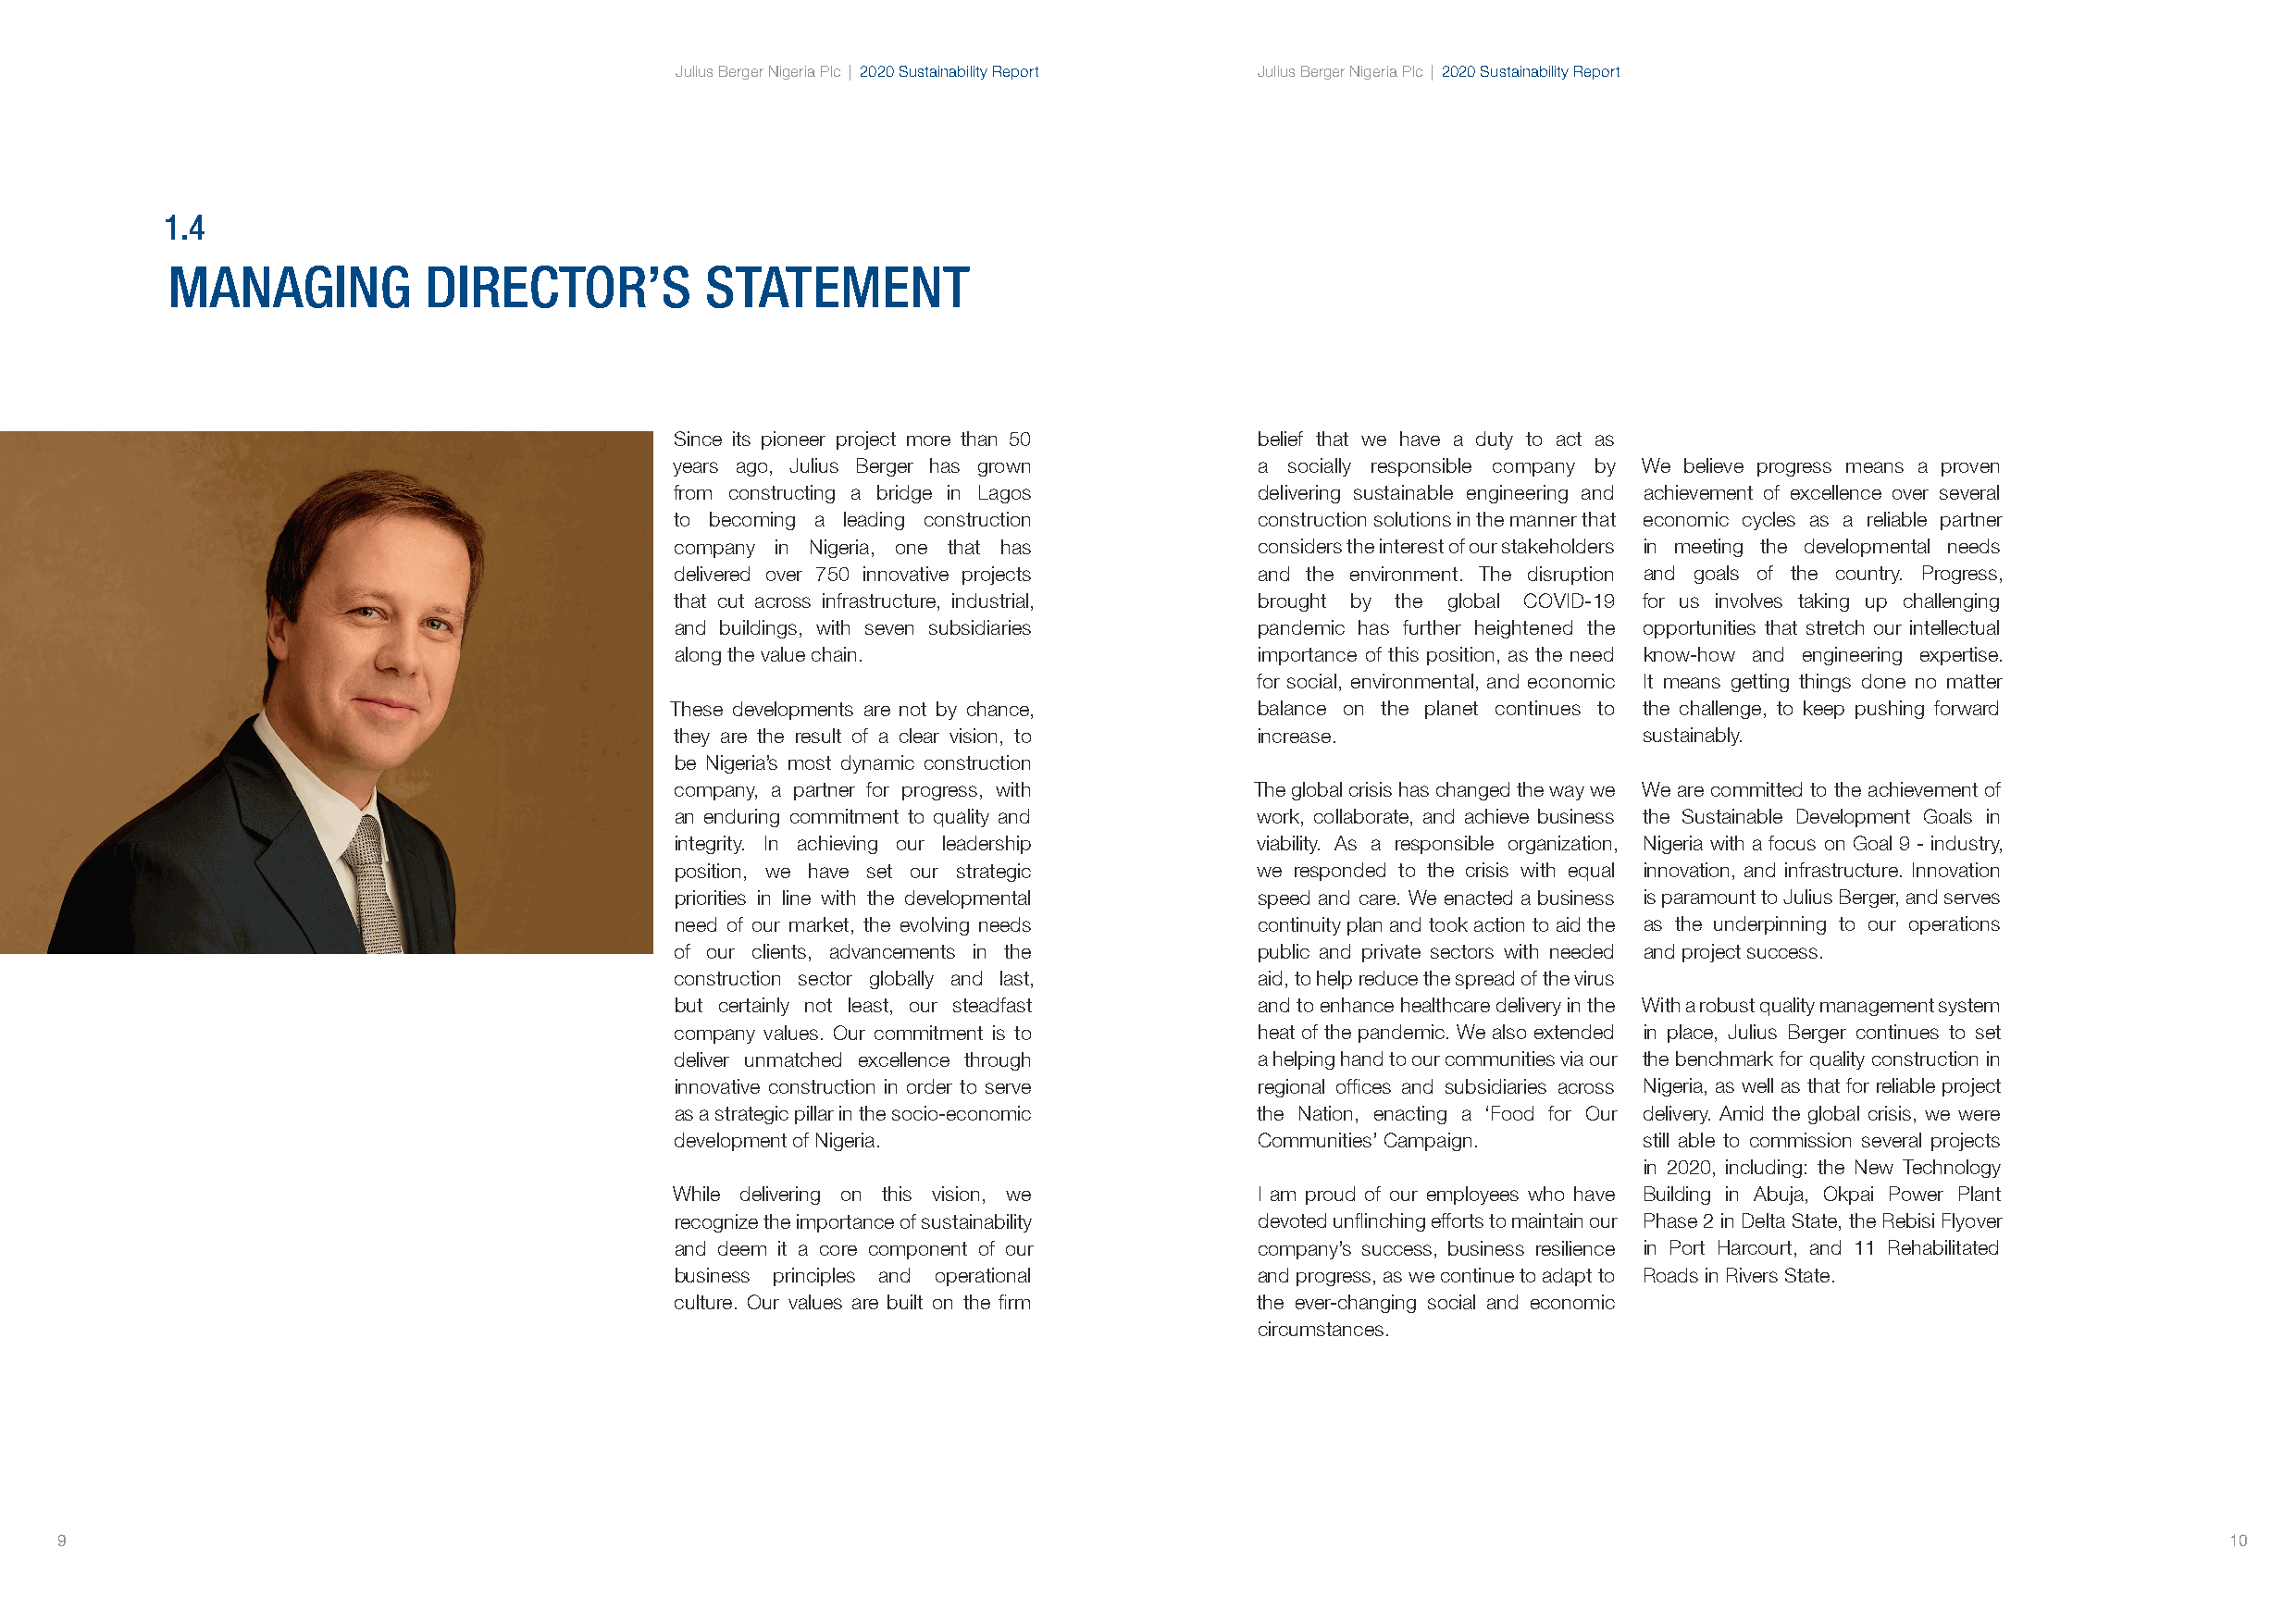
Julius Berger Nigeria Plc | 2020 Sustainability Report Julius Berger Nigeria Plc | 2020 Sustainability Report
 1.4
 MANAGING          DIRECTOR’S          STATEMENT
 Since its pioneer project more than 50    belief that we have a duty to act as
 years ago, Julius Berger has grown        a socially responsible company by We believe progress means a proven
 from constructing a bridge in Lagos       delivering sustainable engineering and achievement of excellence over several
 to becoming a leading construction        construction solutions in the manner that economic cycles as a reliable partner
 company in Nigeria, one that has          considers the interest of our stakeholders in meeting the developmental needs
 delivered over 750 innovative projects    and the environment. The disruption and goals of the country. Progress,
 that cut across infrastructure, industrial, brought by the global COVID-19 for us involves taking up challenging
 and buildings, with seven subsidiaries    pandemic has further heightened the opportunities that stretch our intellectual
 along the value chain.                    importance of this position, as the need know-how and engineering expertise.
 for social, environmental, and economic It means getting things done no matter
 These developments are not by chance,     balance on the planet continues to the challenge, to keep pushing forward
 they are the result of a clear vision, to increase.                   sustainably.
 be Nigeria’s most dynamic construction
 company, a partner for progress, with     The global crisis has changed the way we We are committed to the achievement of
 an enduring commitment to quality and     work, collaborate, and achieve business the Sustainable Development Goals in
 integrity. In achieving our leadership    viability. As a responsible organization, Nigeria with a focus on Goal 9 - industry,
 position, we have set our strategic       we responded to the crisis with equal innovation, and infrastructure. Innovation
 priorities in line with the developmental speed and care. We enacted a business is paramount to Julius Berger, and serves
 need of our market, the evolving needs    continuity plan and took action to aid the as the underpinning to our operations
 of our clients, advancements in the       public and private sectors with needed and project success.
 construction sector globally and last,    aid, to help reduce the spread of the virus
 but certainly not least, our steadfast    and to enhance healthcare delivery in the With a robust quality management system
 company values. Our commitment is to      heat of the pandemic. We also extended in place, Julius Berger continues to set
 deliver unmatched excellence through      a helping hand to our communities via our the benchmark for quality construction in
 innovative construction in order to serve regional offices and subsidiaries across Nigeria, as well as that for reliable project
 as a strategic pillar in the socio-economic the Nation, enacting a ‘Food for Our delivery. Amid the global crisis, we were
 development of Nigeria.                   Communities’ Campaign.      still able to commission several projects
 in 2020, including: the New Technology
 While delivering on this vision, we       I am proud of our employees who have Building in Abuja, Okpai Power Plant
 recognize the importance of sustainability devoted unflinching efforts to maintain our Phase 2 in Delta State, the Rebisi Flyover
 and deem it a core component of our       company’s success, business resilience in Port Harcourt, and 11 Rehabilitated
 business principles and operational       and progress, as we continue to adapt to Roads in Rivers State.
 culture. Our values are built on the firm the ever-changing social and economic
 circumstances.
 9                                                                                                                                                          10